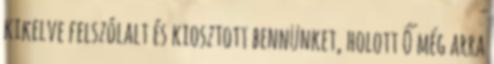
kikelve felszólalt és kiosztott bennünket, holott Ő még arra